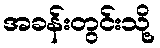
အခန်းတွင်းသို့